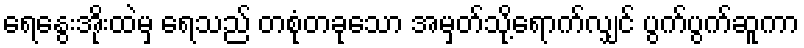
ရေနွေးအိုးထဲမှ ရေသည် တစုံတခုသော အမှတ်သို့ရောက်လျှင် ပွက်ပွက်ဆူကာ